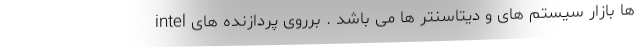
ها بازار سیستم های و دیتاسنتر ها می باشد . برروی پردازنده های intel